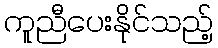
ကူညီပေးနိုင်သည့်